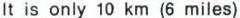
It is only 10 km (6 miles)